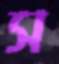
স